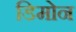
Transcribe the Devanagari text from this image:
डिमोन